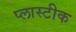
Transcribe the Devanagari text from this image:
प्लास्टीक